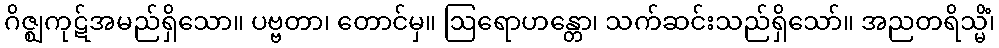
ဂိဇ္ဈကုဋ်အမည်ရှိသော။ ပဗ္ဗတာ၊ တောင်မှ။ ဩရောဟန္တော၊ သက်ဆင်းသည်ရှိသော်။ အညတရိသ္မိံ၊